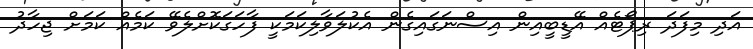
އަދި މިފަދަ ރިޕޯޓެއް އޭޑީބީއިން އިސްނަގައިގެން އެކުލަވާލިކަމަކީ ފާހަގަކޮށްލެވޭ ކަމެއް ކަމަށް ޖިހާދު